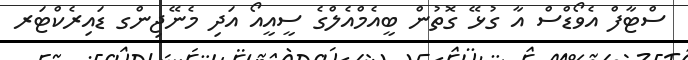
ސްޓާފް އެވޯޑްސް އާ ގުޅޭ ގޮތުން ބީއެމްއެލްގެ ސީއީއޯ އަދި މެނޭޖިންގ ޑައިރެކްޓަރ